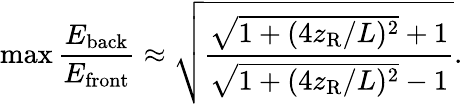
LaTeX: \operatorname*{max}\frac{E_{\mathrm{back}}}{E_{\mathrm{front}}}\approx\sqrt{\frac{\sqrt{1+(4z_{\mathrm{R}}/L)^{2}}+1}{\sqrt{1+(4z_{\mathrm{R}}/L)^{2}}-1}}.